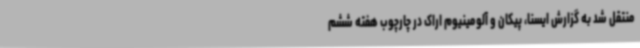
منتقل شد به گزارش ایسنا، پیکان و آلومینیوم اراک در چارچوب هفته ششم